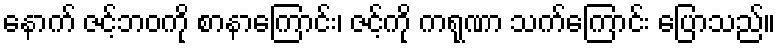
နောက် ဇင့်ဘဝကို စာနာကြောင်း၊ ဇင့်ကို ကရုဏာ သက်ကြောင်း ပြောသည်။